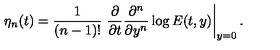
\eta _ { n } ( t ) = \frac { 1 } { ( n - 1 ) ! } \left. \frac { \partial } { \partial t } \frac { \partial ^ { n } } { \partial y ^ { n } } \log { E ( t , y ) } \right| _ { y = 0 } .